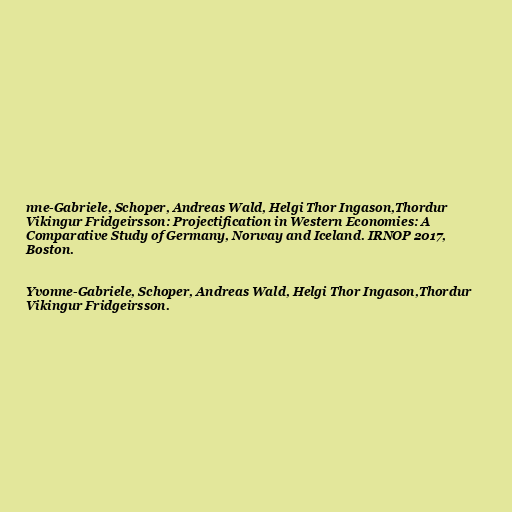
nne-Gabriele, Schoper, Andreas Wald, Helgi Thor Ingason,Thordur
Vikingur Fridgeirsson: Projectification in Western Economies: A
Comparative Study of Germany, Norway and Iceland. IRNOP 2017,
Boston.

Yvonne-Gabriele, Schoper, Andreas Wald, Helgi Thor Ingason,Thordur
Vikingur Fridgeirsson.